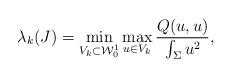
LaTeX: \begin{align*} \lambda_k (J) =\min_{V_k\subset \mathcal{W}_0^1}\max_{u\in V_k} \frac{Q(u,u)}{\int_\Sigma u^2}, \end{align*}